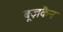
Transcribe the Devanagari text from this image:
बूज़कैन